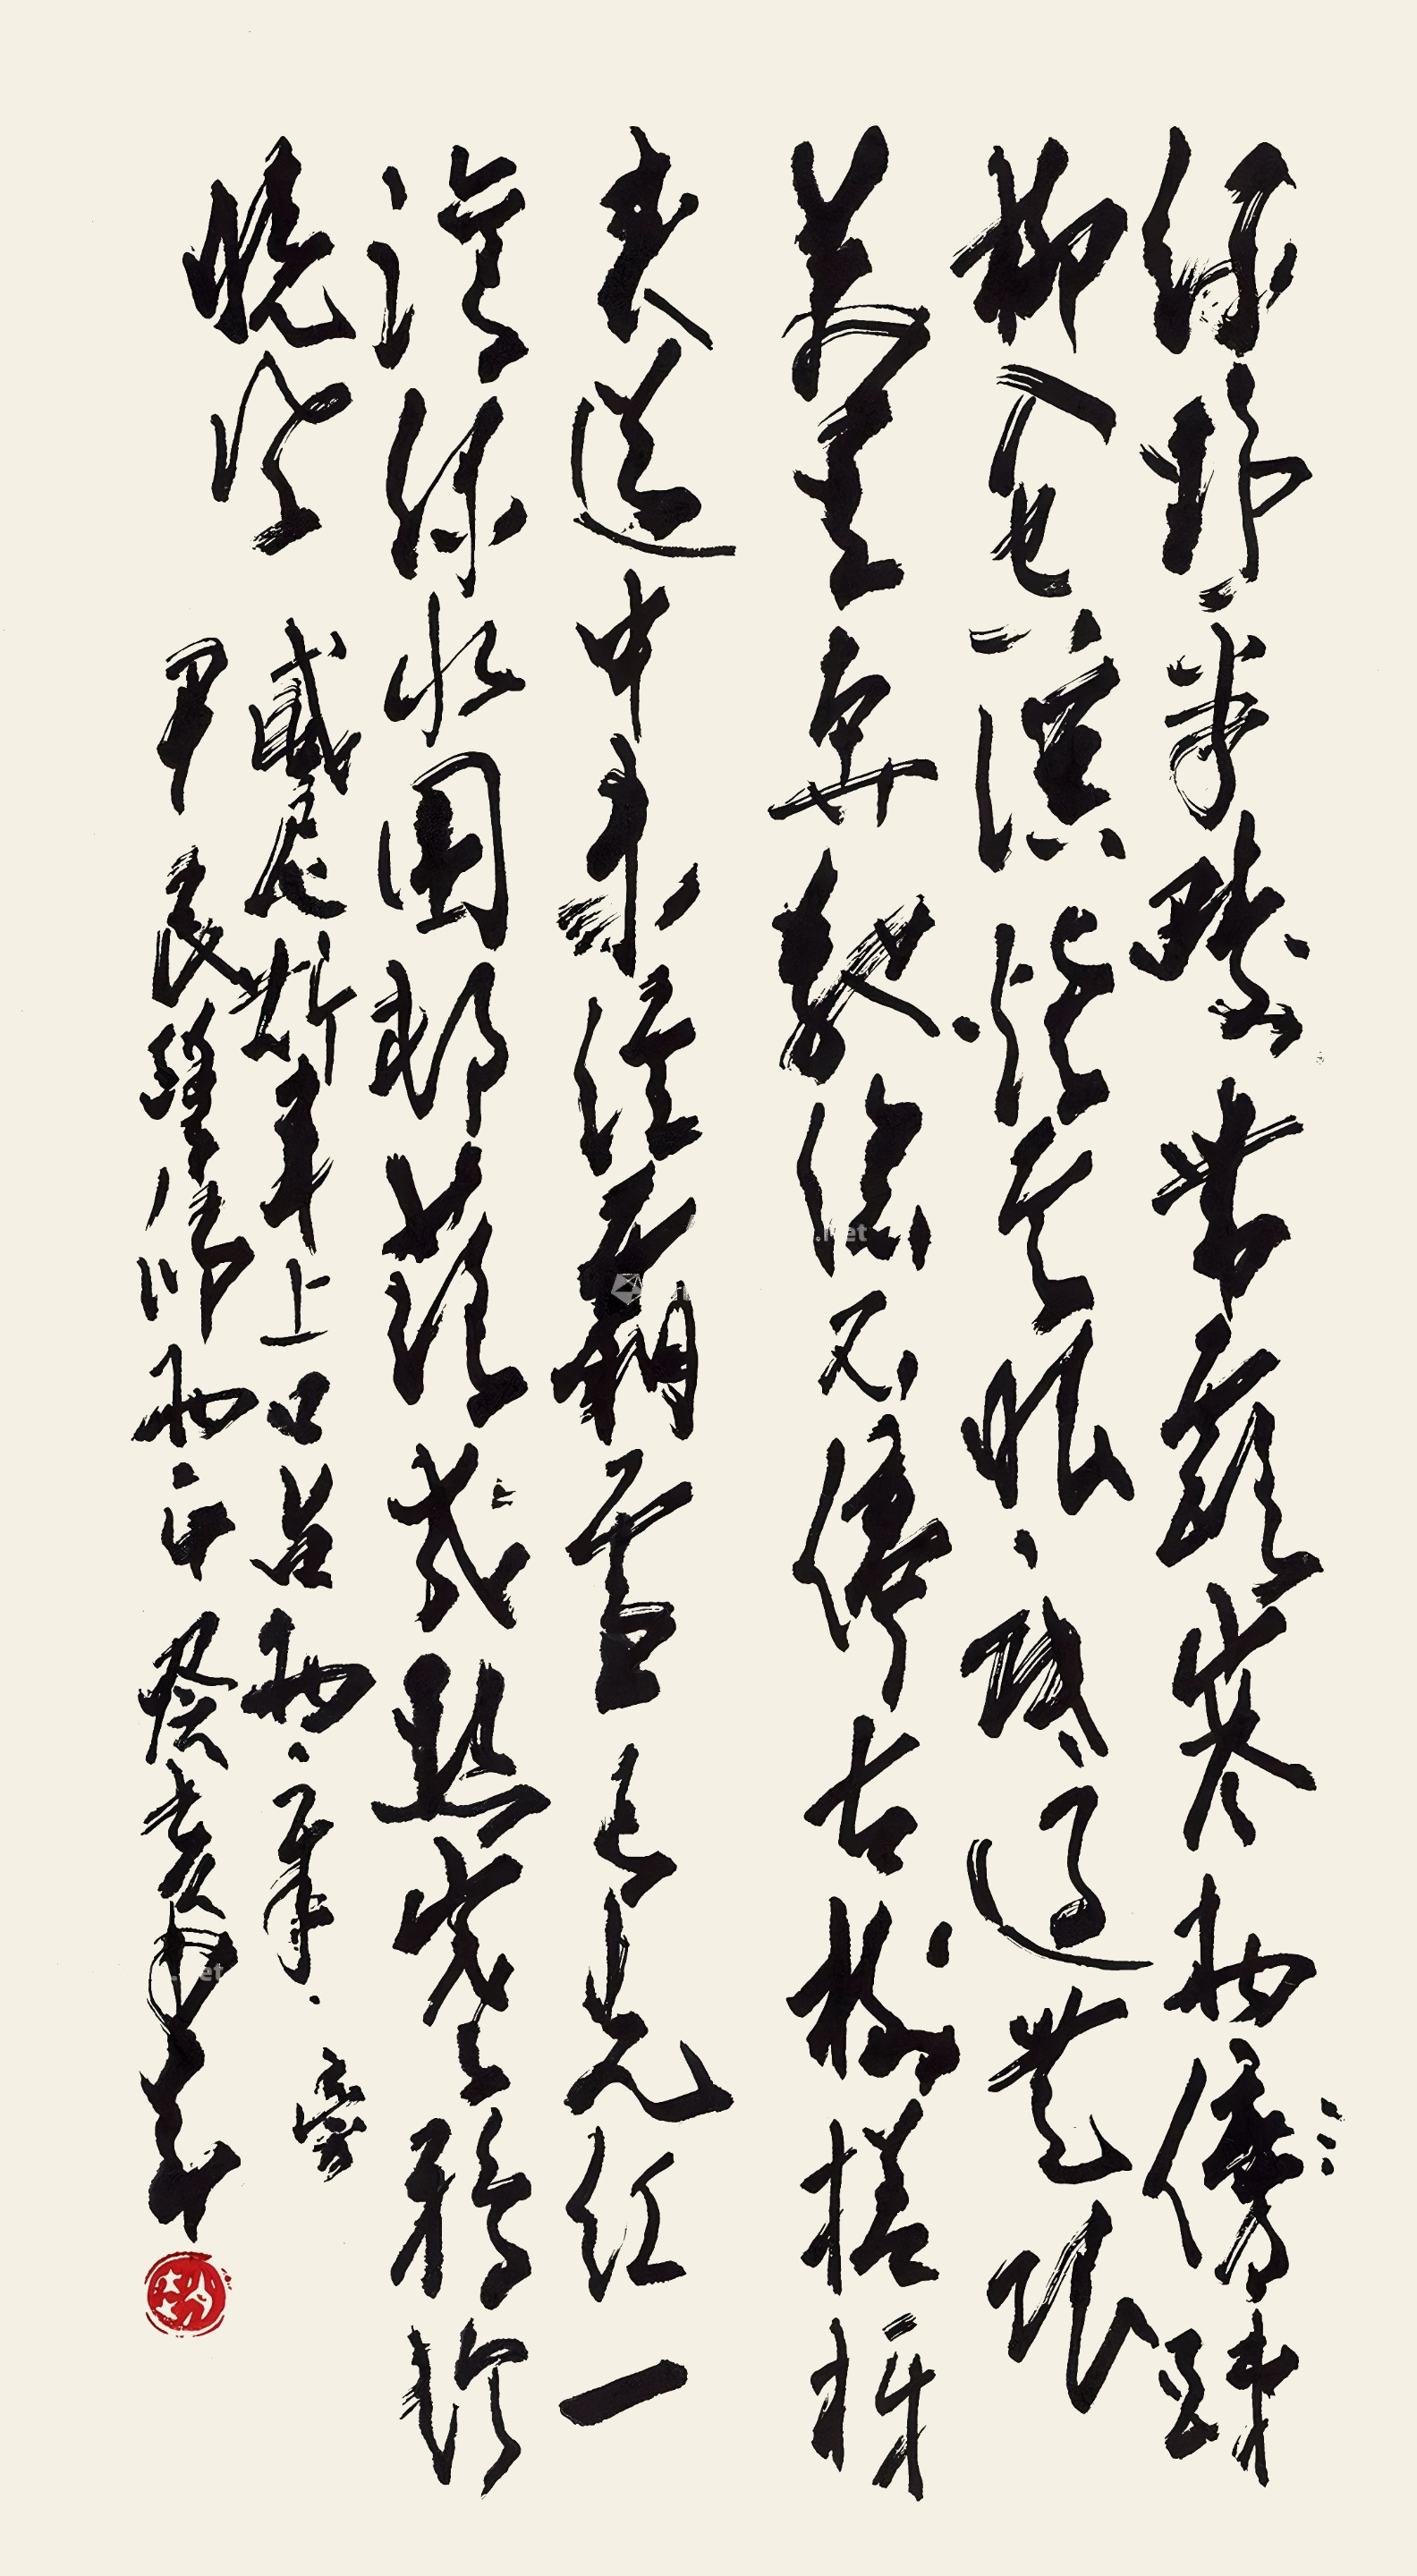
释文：绿野平畴带露寒，两（傍）竦柳入空溪。烟云眼底过无限，万里奔驰总不停。古柳槎枒夹道中，未经霜雪已先红，一湾绿水围村落，几点寒鸦趁晚风。（旁）威尼斯车上口占两章。尹民琴师两正。癸亥，少昂。